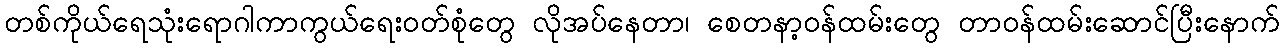
တစ်ကိုယ်ရေသုံးရောဂါကာကွယ်ရေးဝတ်စုံတွေ လိုအပ်နေတာ၊ စေတနာ့ဝန်ထမ်းတွေ တာဝန်ထမ်းဆောင်ပြီးနောက်